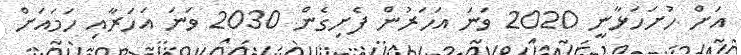
އަށް ހުށަހަޅާނީ 2020 ވަނަ އަހަރުން ފެށިގެން 2030 ވަނަ އަހަރާއި ހަމައަށް